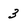
Character: 3